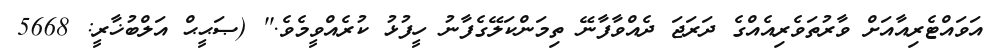
އަވައްޓެރިއާއަށް ވާރުތަވެރިއެއްގެ ދަރަޖަ ދެއްވާފާނޭ ތިމަންކަލޭގެފާނު ހީފުޅު ކުރެއްވީމެވެ.'' (ޞަޙީޙް އަލްބުޚާރީ: 5668